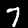
Digit: 7